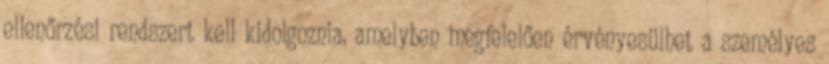
ellenőrzési rendszert kell kidolgoznia, amelyben megfelelően érvényesülhet a személyes